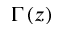
\Gamma \left( z \right)